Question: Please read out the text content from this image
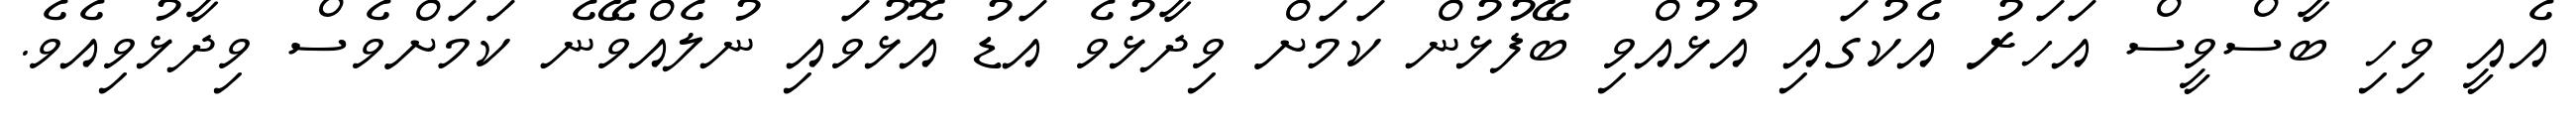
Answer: އެއީ ވިހި ބާސްވީސް އަހަރު އެކުގައި އުޅުއްވި ބޭފުޅުން ކަމަށް ވިދާޅުވެ އަޑު އޮޅުވައި ނުލެއްވޭނެ ކަމަށްވެސް ވިދާޅުވިއެވެ.